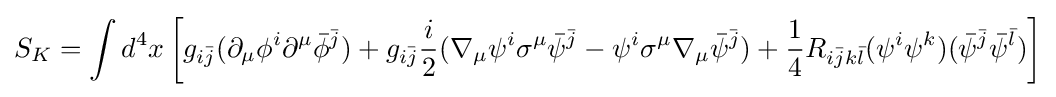
S_{K}=\int d^{4}x\left[g_{i{\bar {j}}}(\partial _{\mu }\phi ^{i}\partial ^{\mu }{\bar {\phi }}^{\bar {j}})+g_{i{\bar {j}}}{\frac {i}{2}}(\nabla _{\mu }\psi ^{i}\sigma ^{\mu }{\bar {\psi }}^{\bar {j}}-\psi ^{i}\sigma ^{\mu }\nabla _{\mu }{\bar {\psi }}^{\bar {j}})+{\frac {1}{4}}R_{i{\bar {j}}k{\bar {l}}}(\psi ^{i}\psi ^{k})({\bar {\psi }}^{\bar {j}}{\bar {\psi }}^{\bar {l}})\right]